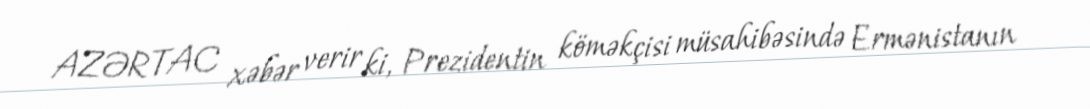
AZƏRTAC xəbər verir ki, Prezidentin köməkçisi müsahibəsində Ermənistanın